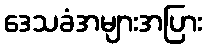
ဒေသခံအများအပြား